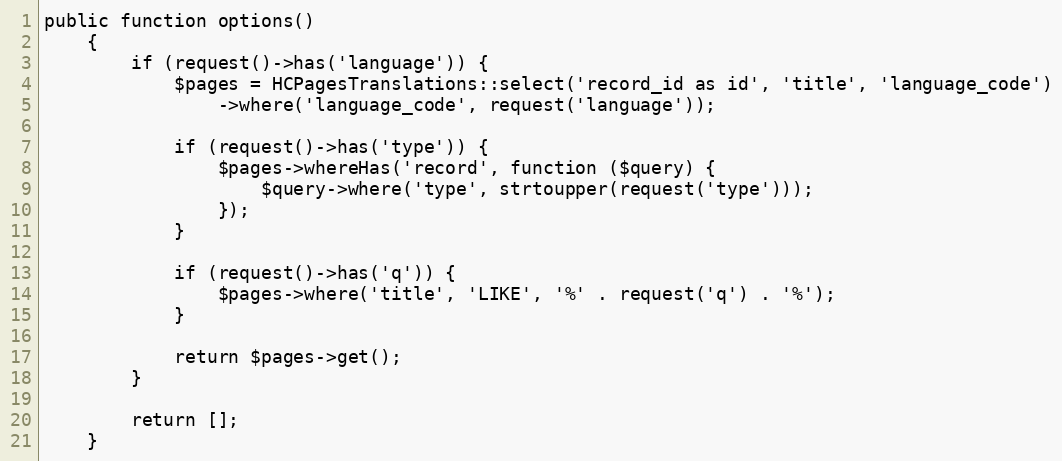
Language: PHP
public function options()
    {
        if (request()->has('language')) {
            $pages = HCPagesTranslations::select('record_id as id', 'title', 'language_code')
                ->where('language_code', request('language'));

            if (request()->has('type')) {
                $pages->whereHas('record', function ($query) {
                    $query->where('type', strtoupper(request('type')));
                });
            }

            if (request()->has('q')) {
                $pages->where('title', 'LIKE', '%' . request('q') . '%');
            }

            return $pages->get();
        }

        return [];
    }